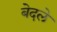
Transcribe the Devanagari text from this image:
बेदले